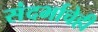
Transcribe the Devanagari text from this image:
संदर्भाचेही